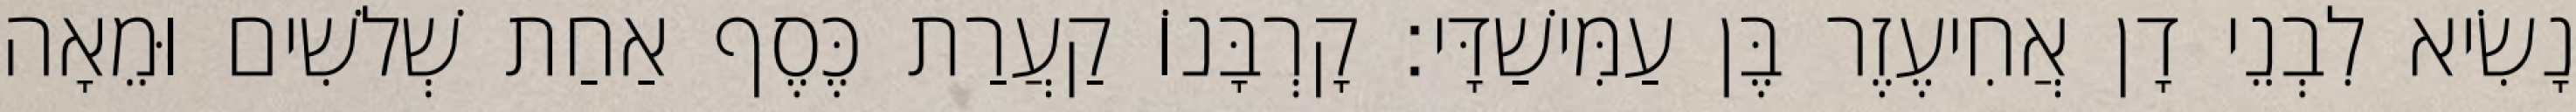
נָשִׂיא לִבְנֵי דָן אֲחִיעֶזֶר בֶּן עַמִּישַׁדָּי׃ קָרְבָּנוֹ קַעֲרַת כֶּסֶף אַחַת שְׁלשִׁים וּמֵאָה